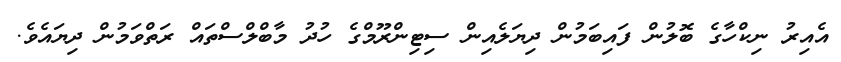
އެއިރު ނިކްހާގެ ބޮލުން ފައިބަމުން ދިޔަލެއިން ސިޓިންރޫމްގެ ހުދު މާބްލްސްތައް ރަތްވަމުން ދިޔައެވެ.